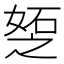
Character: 𪦆